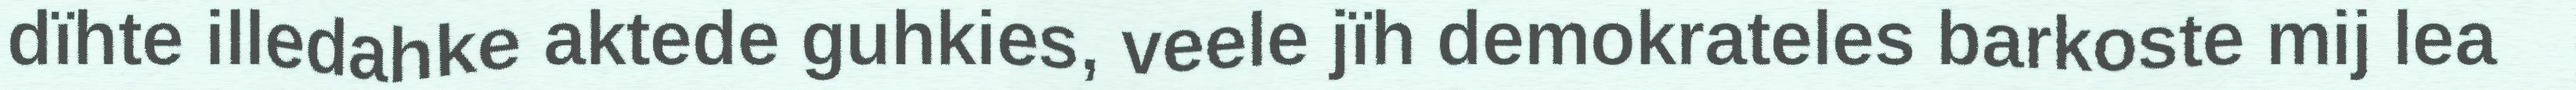
dïhte illedahke aktede guhkies, veele jïh demokrateles barkoste mij lea